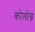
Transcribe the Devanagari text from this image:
कोलोग्न